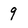
Character: 9